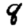
Digit: 8